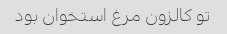
تو کالزون مرغ استخوان بود